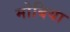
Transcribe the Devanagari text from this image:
मोबिया